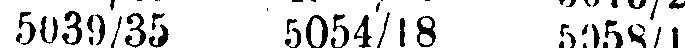
5039/35 5054/18 5058/1